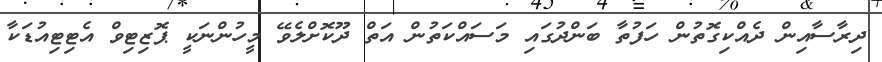
ދިރާސާއިން ދެއްކިގޮތުން ހަފުތާ ބަންދުގައި މަސައްކަތުން އަތް ދޫކޮށްލެވޭ މީހުންނަކީ ޕޮޒިޓިވް އެޓިޓިއުޑަކާ